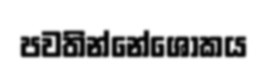
පවතින්නේශෝකය